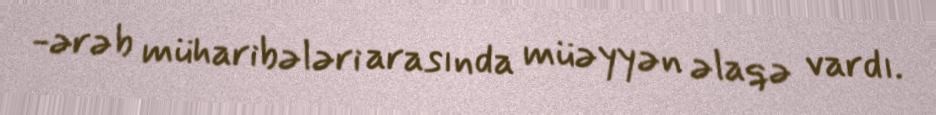
-ərəb müharibələri arasında müəyyən əlaqə vardı.